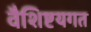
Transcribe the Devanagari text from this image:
वैशिष्टयगत